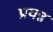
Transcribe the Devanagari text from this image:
प्रयन्न